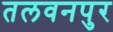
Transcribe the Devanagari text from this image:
तलवनपुर